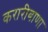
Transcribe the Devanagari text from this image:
करारीबाणा